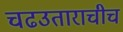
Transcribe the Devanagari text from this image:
चढउताराचीच